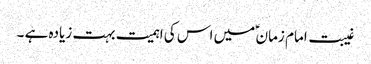
غیبت امام زمان ؑ میں اس کی اہمیت بہت زیادہ ہے ۔